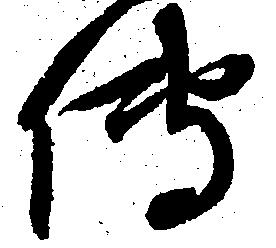
伝